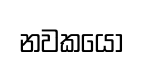
නවකයො